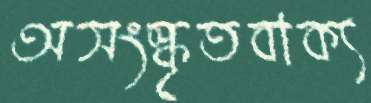
অসংস্কৃতবাক্য